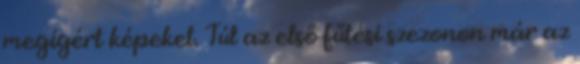
megígért képeket. Túl az első fűtési szezonon már az